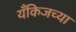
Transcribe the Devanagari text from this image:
यँकिजच्या